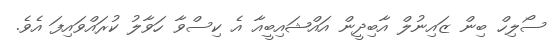
ސޯލިހް ބިން ޒައިނުލް އާބިދީން އައްޝައިބީއާ އެ ކިސްވާ ހަވާލު ކުރައްވައިފަ އެވެ.